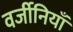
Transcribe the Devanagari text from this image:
वर्जीनियाँ